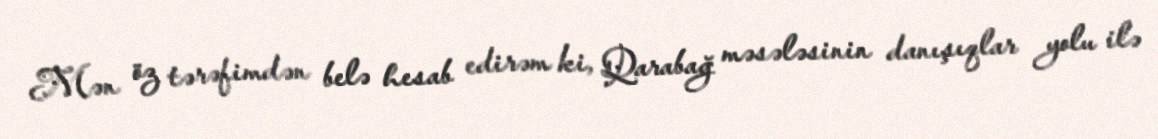
Mən öz tərəfimdən belə hesab edirəm ki, Qarabağ məsələsinin danışıqlar yolu ilə